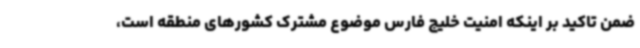
ضمن تاکید بر اینکه امنیت خلیج فارس موضوع مشترک کشورهای منطقه است،